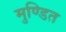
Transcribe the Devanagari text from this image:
मुण्डित